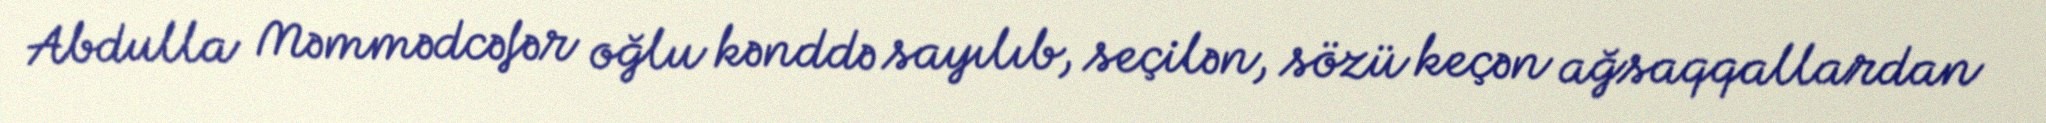
Abdulla Məmmədcəfər oğlu kənddə sayılıb, seçilən, sözü keçən ağsaqqallardan